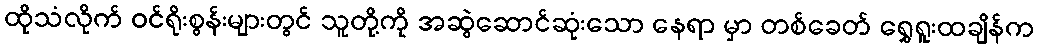
ထိုသံလိုက် ဝင်ရိုးစွန်းများတွင် သူတို့ကို အဆွဲဆောင်ဆုံးသော နေရာ မှာ တစ်ခေတ် ရွှေရူးထချိန်က